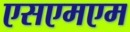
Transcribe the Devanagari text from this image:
एसएमएम